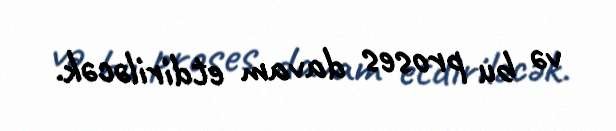
və bu proses davam etdiriləcək.